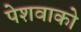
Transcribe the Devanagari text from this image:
पेशवाको